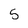
Character: 5